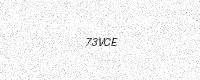
Text: 73VCE